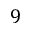
9